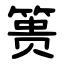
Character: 篑